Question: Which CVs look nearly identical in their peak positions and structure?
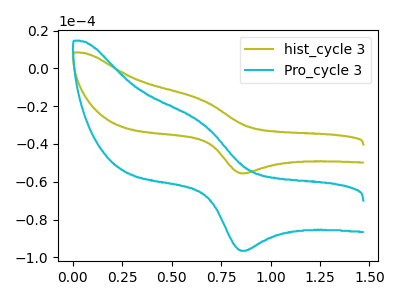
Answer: <think>The olive curve "hist_cycle 3" has an anodic peak at (0.65V, -16.35uA) and a cathodic peak at (0.85V, -55.55uA). The cyan curve "Pro_cycle 3" has an anodic peak at (0.65V, -28.45uA) and a cathodic peak at (0.85V, -96.55uA).
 All the peaks in "hist_cycle 3" have a peak in "Pro_cycle 3" at the same potential.</think>
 <answer>"Pro_cycle 3" and "hist_cycle 3" have the same shape and are likely CV's of the same chemical.</answer>
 <eval>"Pro_cycle 3" "hist_cycle 3"</eval>